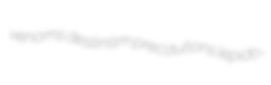
venoms destinism precautions lepido-